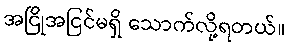
အငြိုအငြင်မရှိ သောက်လို့ရတယ်။